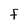
Character: F